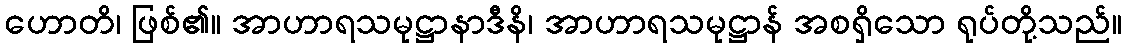
ဟောတိ၊ ဖြစ်၏။ အာဟာရသမုဋ္ဌာနာဒီနိ၊ အာဟာရသမုဋ္ဌာန် အစရှိသော ရုပ်တို့သည်။